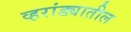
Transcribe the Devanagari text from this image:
व्हरांड्यातील